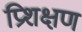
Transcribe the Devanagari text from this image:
प्रिशक्षण